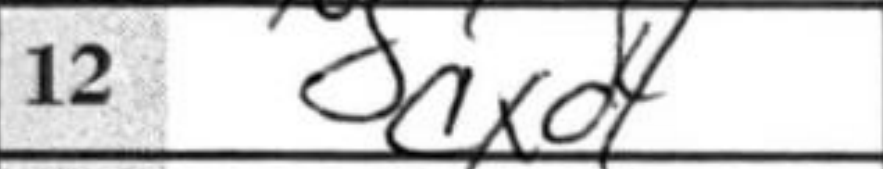
Transcription: cxd4